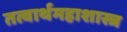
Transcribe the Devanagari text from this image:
तत्वार्थमहाशास्त्र